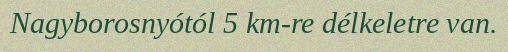
Nagyborosnyótól 5 km-re délkeletre van.